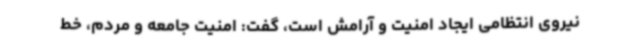
نیروی انتظامی ایجاد امنیت و آرامش است، گفت: امنیت جامعه و مردم، خط